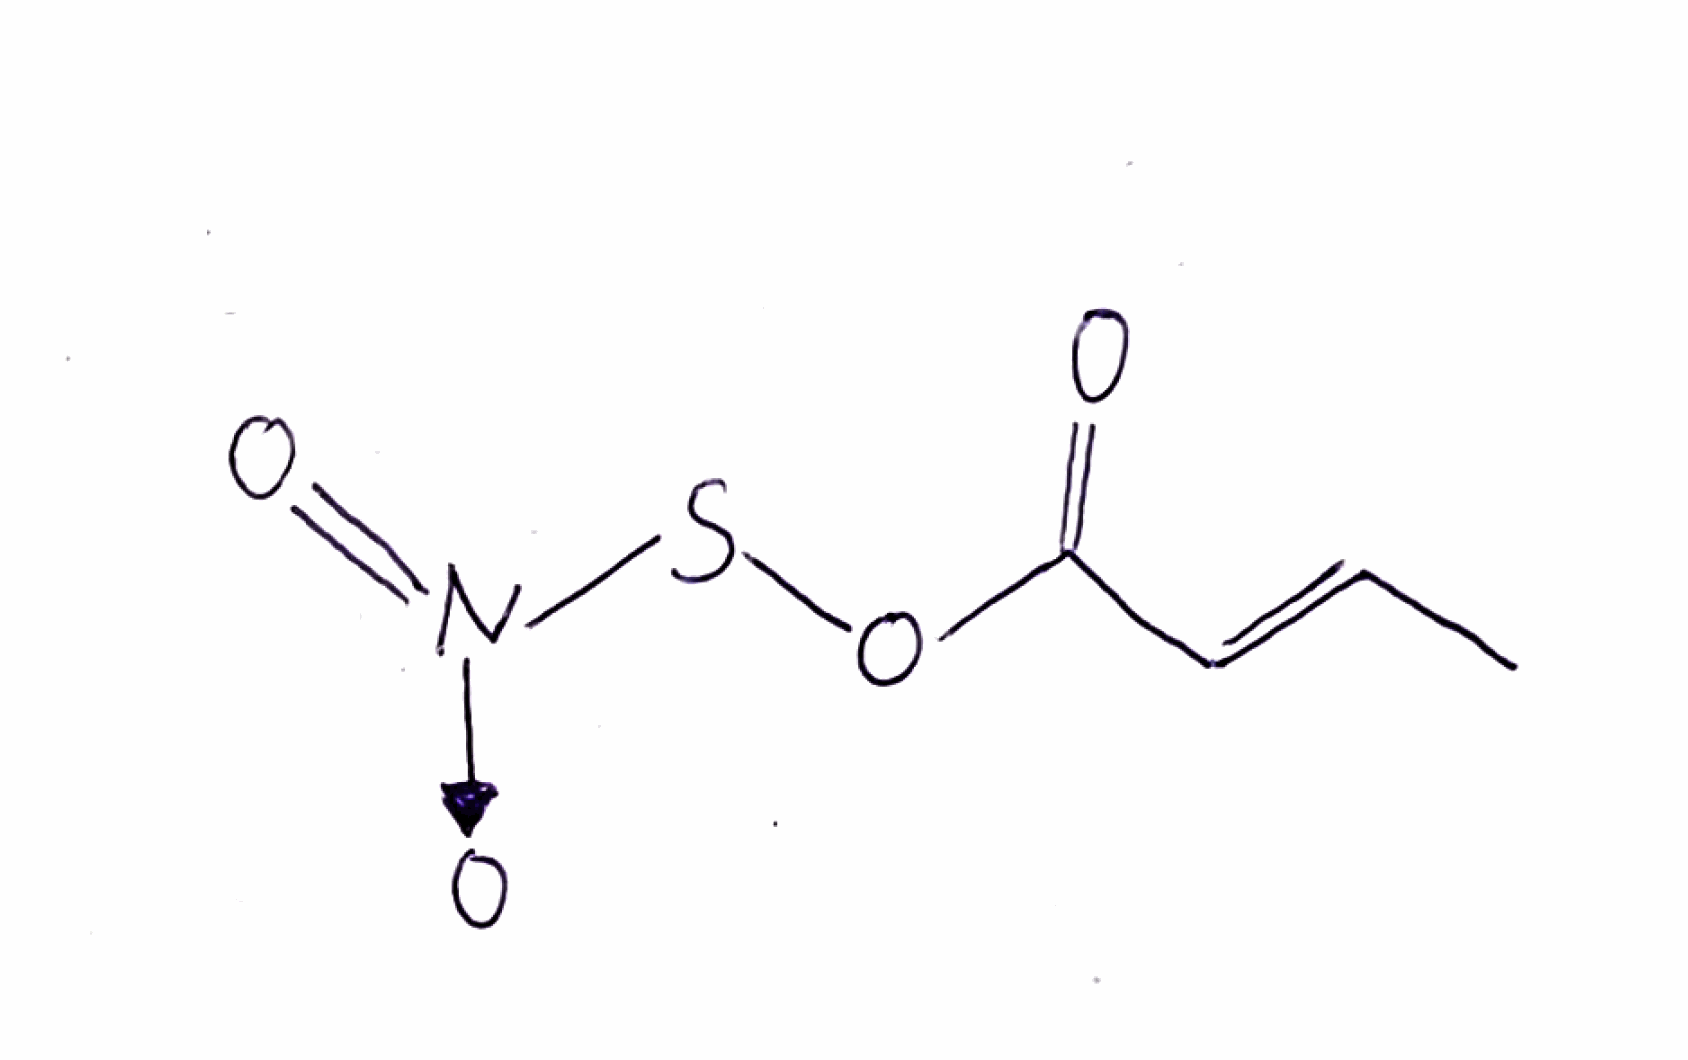
Simplified molecular-input line-entry system (SMILES) notation of the given molecule:
C/C=C/C(=O)OS[N+](=O)[O-]